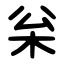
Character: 枀